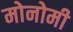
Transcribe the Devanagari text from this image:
मोनोमी